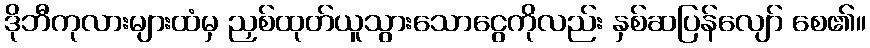
ဒိုဘီကုလားများထံမှ ညှစ်ထုတ်ယူသွားသောငွေကိုလည်း နှစ်ဆပြန်လျော် စေ၏။